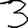
Digit: 3